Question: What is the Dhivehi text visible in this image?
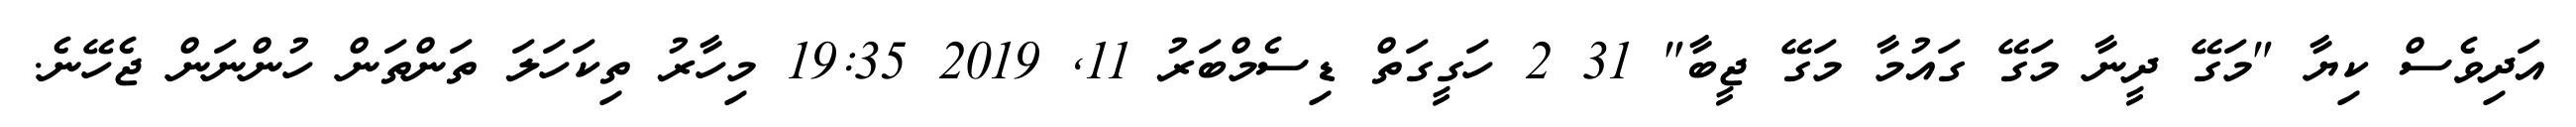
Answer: އަދިވެސް ކިޔާ "މަގޭ ދީނާ މަގޭ ގައުމާ މަގޭ ޖީބާ" 31 2 ހަގީގަތް ޑިސެމްބަރު 11, 2019 19:35 މިހާރު ތިކަހަލަ ތަންތަން ހުންނަން ޖެހޭނެ.